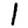
Digit: 1